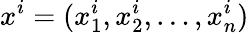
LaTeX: x^{i}=(x_{1}^{i},x_{2}^{i},\ldots,x_{n}^{i})